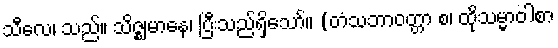
သီလေ၊ သည်။ သိဇ္ဈမာနေ၊ ပြီးသည်ရှိသော်။ (တံသဘာဝတ္တာ စ၊ ထိုသမ္မာဝါစာ